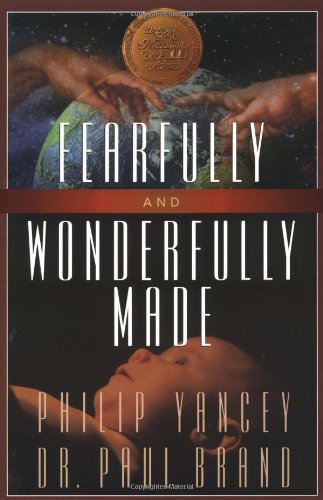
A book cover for Fearfully and Wonderfully Made; Philip Yancey; Christian Books & Bibles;